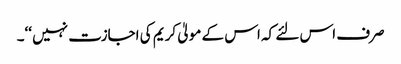
صرف اس لئے کہ اس کے مولیٰ کریم کی اجازت نہیں ‘‘۔